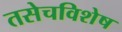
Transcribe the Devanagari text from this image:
तसेचविशेष